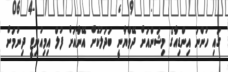
ގައި ހުންނަ އިންޑިއާގެ މިޝަންއަށް ދޭވްޔާނީ ބަދަލުކޮށް އޭނާއަށް ފުލް އިމިއުނިޓީ ދިނުމަށް